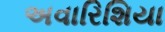
અવારિશિયા